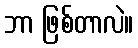
ဘာ ဖြစ်တာလဲ။